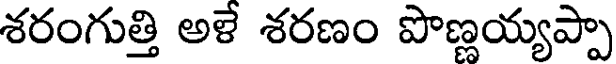
శరంగుత్తి అళే శరణం పొణ్ణయ్యప్పా